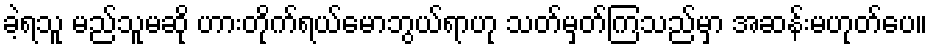
ခဲ့ရသူ မည်သူမဆို ဟားတိုက်ရယ်မောဘွယ်ရာဟု သတ်မှတ်ကြသည်မှာ အဆန်းမဟုတ်ပေ။